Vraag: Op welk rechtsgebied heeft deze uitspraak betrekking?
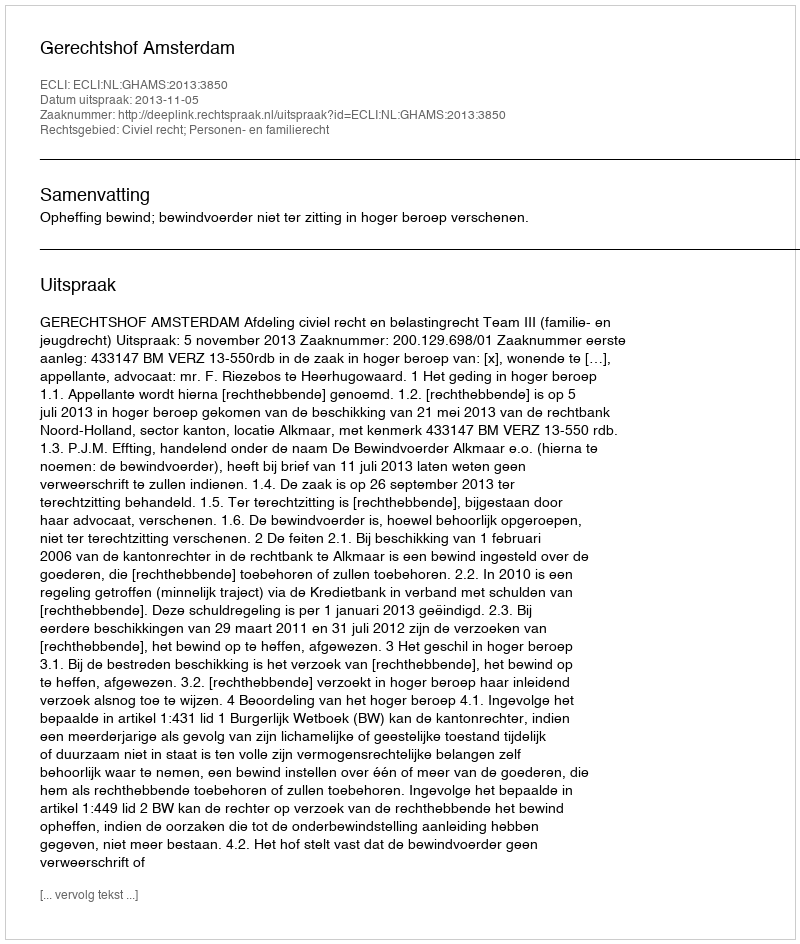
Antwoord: Civiel recht; Personen- en familierecht